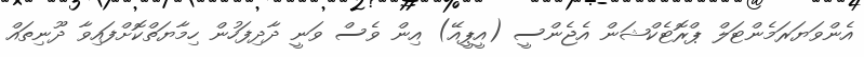
އެންވަޔަރަމެންޓަލް ޕްރޮޓެކްޝަން އެޖެންސީ (އީޕީއޭ) އިން ވެސް ވަނީ ދާދިފަހުން ހިމާޔަތްކޮށްފައިވާ ދޫނިތައް